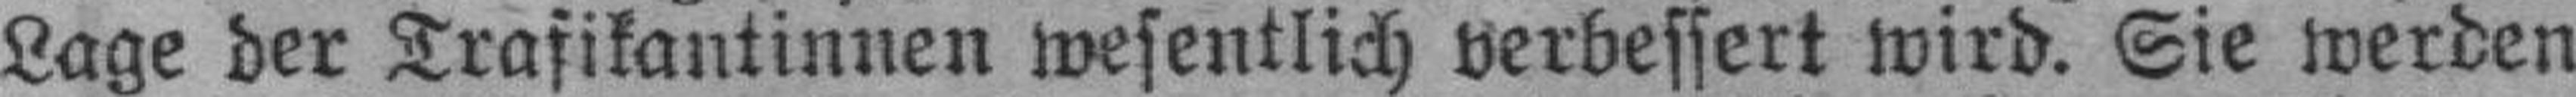
Lage der Trafikantinnen wesentlich verbessert wird. Sie werden